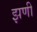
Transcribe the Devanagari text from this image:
झणी